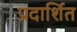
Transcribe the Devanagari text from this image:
प्रदार्शित